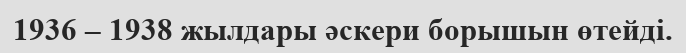
1936 – 1938 жылдары әскери борышын өтейді.